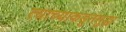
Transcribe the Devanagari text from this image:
त्याच्याकडूनसुद्धा